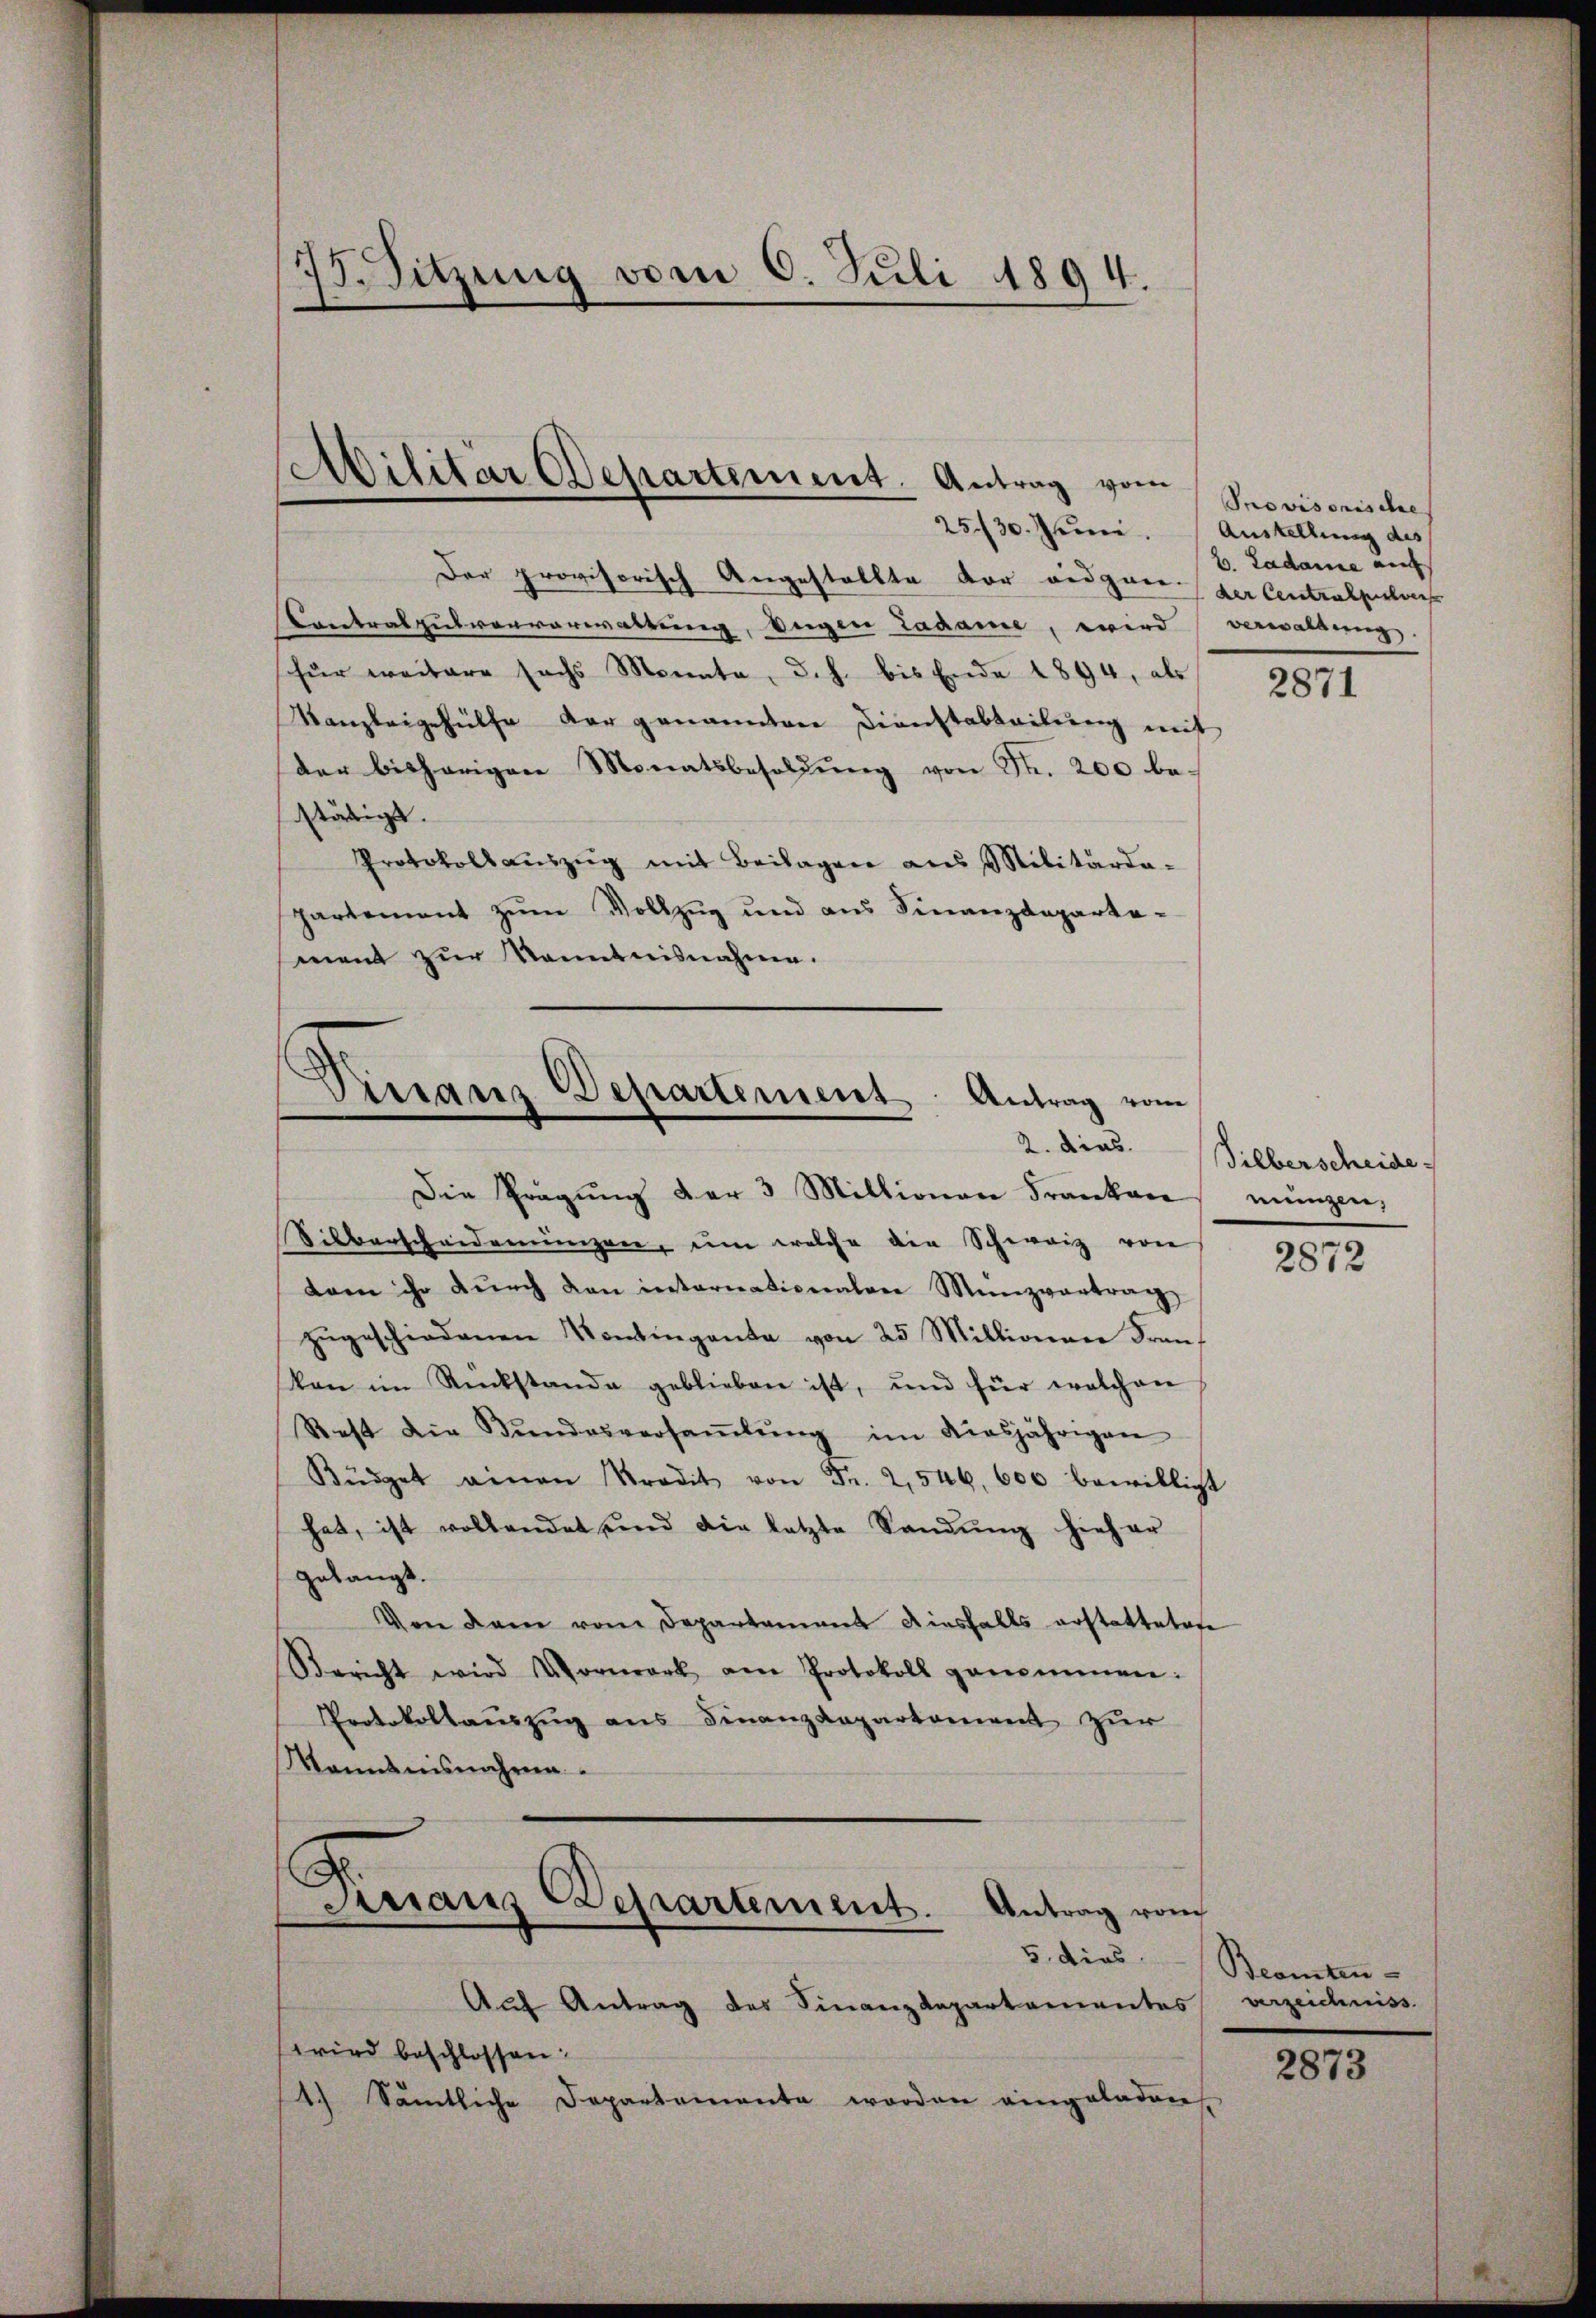
1
15. Sitzung vom 6. Juli 1894.

2530. Juni. Austellung des
Der provisorisch Angestellte vor eidgaen der Centralpulvers
Contralpulververwaltung, Segen Ladame, wird verwaltung.
für weitere sechs Monata, d. h. bis Ende 1894, als 9871
Kanzleigehülfe der genannten Dienstabteilung mit
der bisherigen Monatsbesoldŭng von Str. 200 bestätigt.
Protokoll aŭszŭg mit Beilagen aus Militärda-
partement zŭm Vollzug und aus Finanzdeparte-
ment zur Kenntnisnahme.

Ailitär Departement. Antrag vom

manz Departement Antrag vom
2. dies

Die Pragŭng der 3 Millionen Franken
Silberscheiderrungen, um welche die Schweiz von
dam ihr dŭrch den internationalen Münzvertrag
zŭgeschiedenen Kontingente von 25 Millionen Franz
kon im Rückstande geblieben ist, und für welchen
Rest die Bŭndesversaṁlŭng im diesjährigen
Büdget einen Kredit von Fr. 2,546. 600 bewilligt
hat, ist vollendet und die letzte Sandŭng hieher
gelangt.
Urne dann vom Departement diesfalls erstattetete
Bericht wird Vorwerk am Protokoll genommen:
Protokollaŭszŭg ans Finanzdepartement zur
Monntnisnahme.
Dirranz Departement.
Antrag vom
Aŭf Antrag des Finanzdepartementes
wird beschlossen:
1.) Sämtliche Departemente worden eingeladen

Provisorische
b. Ladame ein

Silberscheide
mungen,

2872

5. dies Beamten
verzeichniss

2873